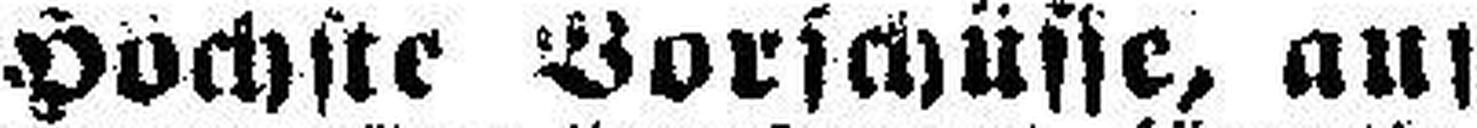
Höchste Vorschüsse, auf